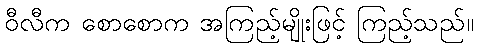
ဝီလီက စောစောက အကြည့်မျိုးဖြင့် ကြည့်သည်။